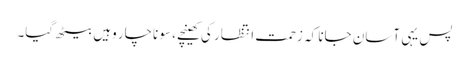
پس یہی آسان جانا کہ زحمت انتظار کی کھینچے، سو ناچار وہیں بیٹھ گیا۔